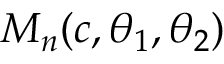
M _ { n } ( c , \theta _ { 1 } , \theta _ { 2 } )